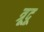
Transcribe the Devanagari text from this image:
त्रूदू